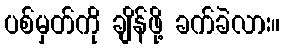
ပစ်မှတ်ကို ချိန်ဖို့ ခက်ခဲလား။